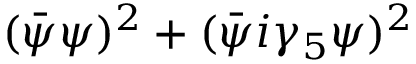
( \bar { \psi } \psi ) ^ { 2 } + ( \bar { \psi } i \gamma _ { 5 } \psi ) ^ { 2 }